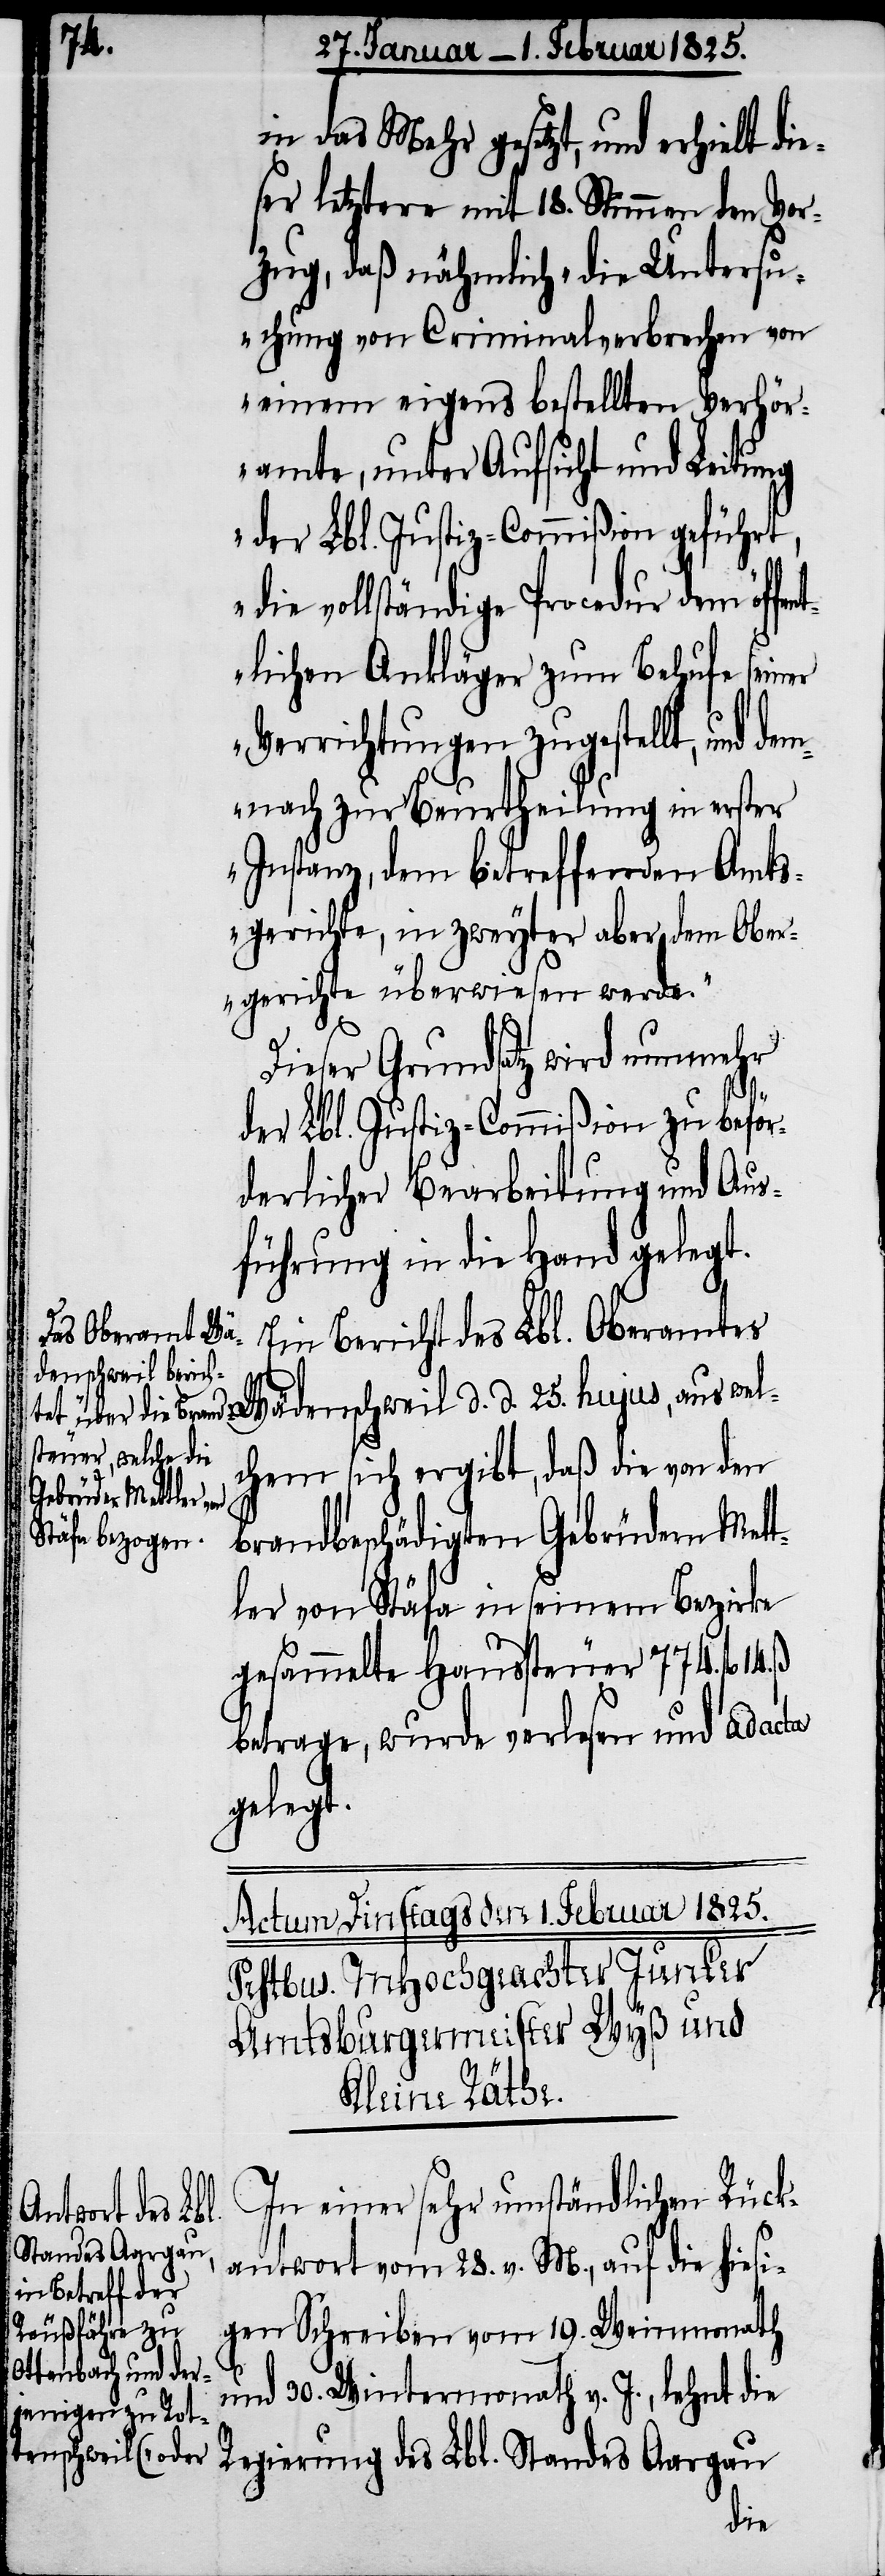
in das Mehr gesetzt, und erhielt die¬
ser letztere mit 18. Stimmen den Vor¬
zug, daß nähmlich „die Untersu¬
chung von Criminalverbrechen von
einem eigens bestellten Verhör¬
amte, unter Aufsicht und Leitung
der Lbl. Justiz-Commißion geführt,
die vollständige Procedur dem öffe¬
ntlichen Ankläger zum Behufe seiner
Verrichtungen zugestellt, und de¬
mnach zur Beurtheilung in erster
Instanz, dem betreffenden Amts¬
gerichte, in zweyter aber dem Ober¬
gerichte überwiesen werde.“
Dieser Grundsatz wird nunmehr
der Lbl. Justiz-Commißion zu beför¬
derlicher Bearbeitung und Aus¬
führung in die Hand gelegt.
Ein Bericht des Lbl. Oberamtes
chem sich ergibt, daß die von den
aus wel¬
brandbeschädigten Gebrüdern Mett¬
ler von Stäfa in seinem Bezirke
gesammelte Haussteuer 774. fl 14.
betrage, wurde verlesen und ad acta
gelegt.
In einer sehr umständlichen Rück¬
antwort vom 28. v. M., auf die hiesi¬
gen Schreiben vom 19. Weinmonath
30. Wintermonath v. J., lehnt die
und
Wädenschweil d. d.
Regierung des Lbl. Standes Aargau